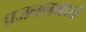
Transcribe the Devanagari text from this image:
प्रजननमध्ये